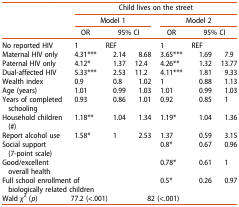
|  | <COLSPAN=6> Child lives on the street |
 | <ROWSPAN=2>  | <COLSPAN=3> Model 1 | <COLSPAN=3> Model 2 |
 | OR | <COLSPAN=2> 95% CI | OR | <COLSPAN=2> 95% CI |
 | --- | --- | --- | --- | --- | --- | --- |
 | No reported HIV | 1 | REF |  | 1 | REF |  |
 | Maternal HIV only | 4.31*** | 2.14 | 8.68 | 3.65*** | 1.69 | 7.9 |
 | Paternal HIV only | 4.12* | 1.37 | 12.4 | 4.26** | 1.32 | 13.77 |
 | Dual-affected HIV | 5.33*** | 2.53 | 11.2 | 4.11*** | 1.81 | 9.33 |
 | Wealth index | 0.9 | 0.8 | 1.02 | 1 | 0.88 | 1.13 |
 | Age (years) | 1.01 | 0.99 | 1.03 | 1.01 | 0.99 | 1.03 |
 | Years of completed schooling | 0.93 | 0.86 | 1.01 | 0.92 | 0.85 | 1 |
 | Household children (#) | 1.18** | 1.04 | 1.34 | 1.19* | 1.04 | 1.36 |
 | Report alcohol use | 1.58* | 1 | 2.53 | 1.37 | 0.59 | 3.15 |
 | Social support (7-point scale) |  |  |  | 0.8* | 0.67 | 0.96 |
 | Good/excellent overall health |  |  |  | 0.78* | 0.61 | 1 |
 | <COLSPAN=2> Full school enrollment of biologically related children |  |  | 0.5* | 0.26 | 0.97 |
 | Wald χ2 (p) | <COLSPAN=3> 77.2 (<.001) | <COLSPAN=3> 82 (<.001) |